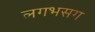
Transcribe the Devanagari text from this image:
लगभसग